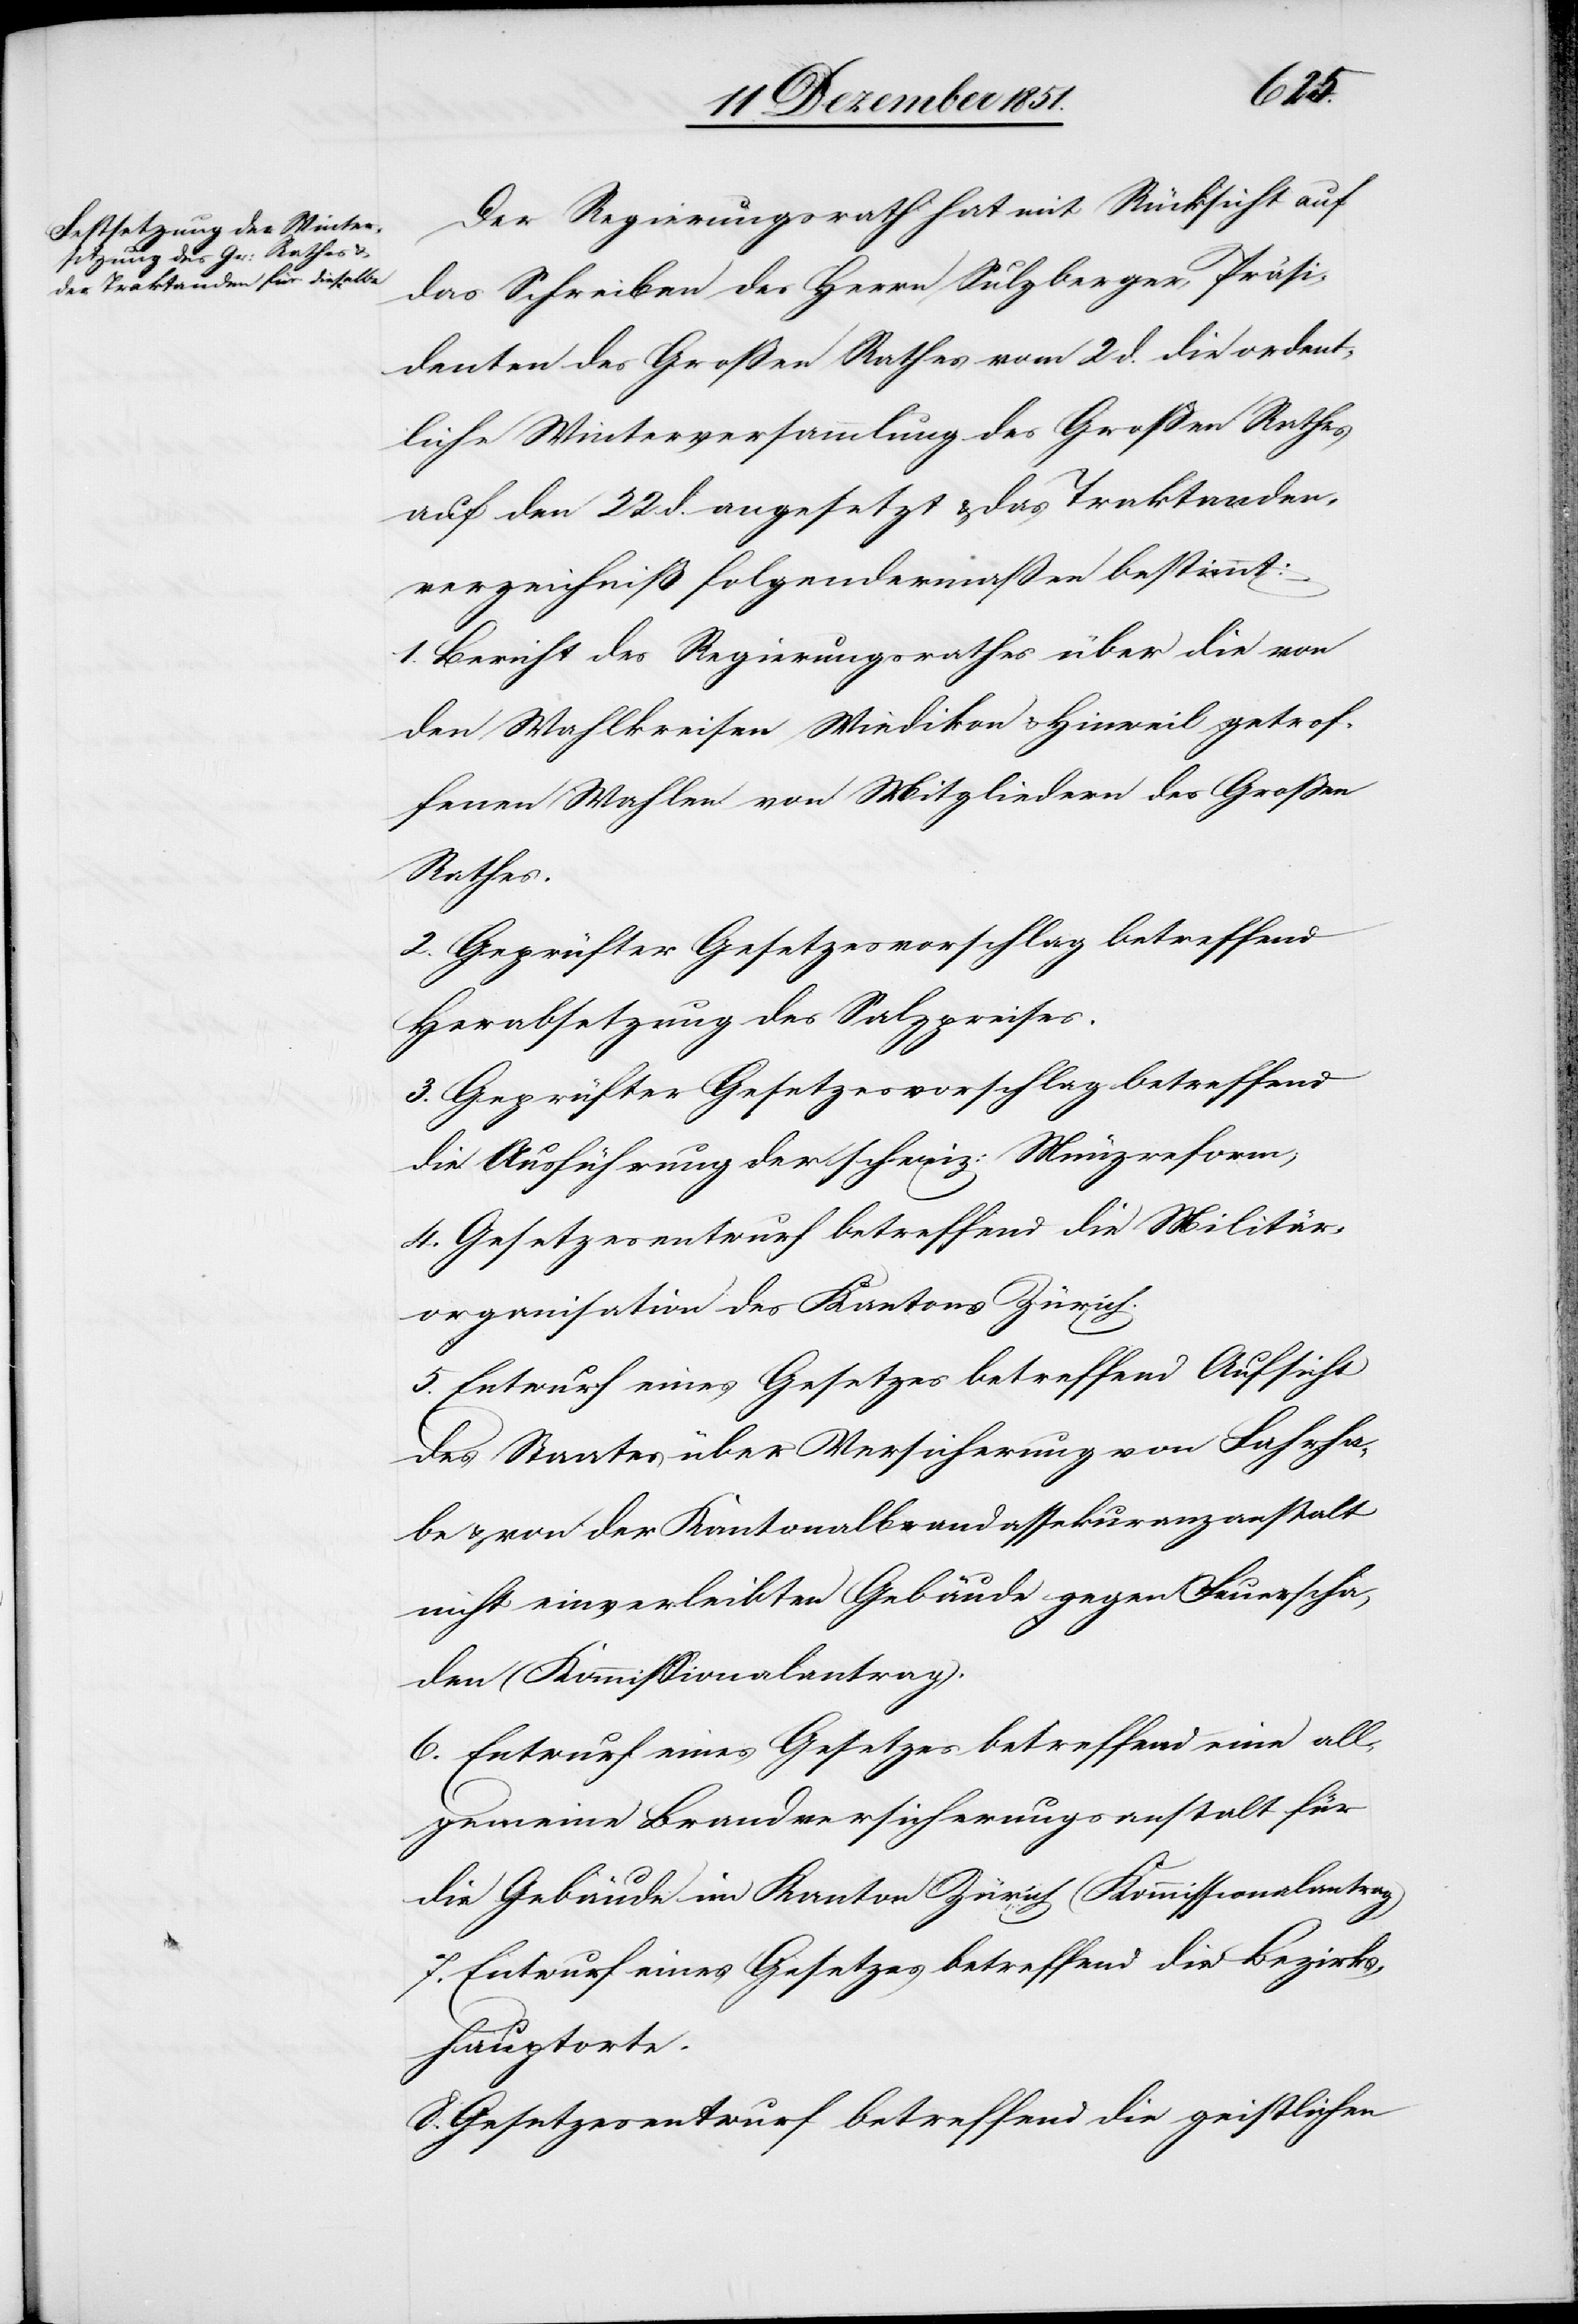
Der Regierungsrath hat mit Rücksicht auf
das Schreiben des Herrn Sulzberger, Präsi¬
denten des Großen Rathes vom 2 d. die ordent¬
liche Winterversammlung des Großen Rathes
auf den 22 d. angesetzt & das Traktanden¬
verzeichniß folgendermaßen bestimmt:
1. Bericht des Regierungsrathes über die von
den Wahlkreisen Wiedikon & Hinweil getrof¬
fenen Wahlen von Mitgliedern des Großen
Rathes.
3. Geprüfter Gesetzesvorschlag betreffend
Herabsetzung des Salzpreises.
die Ausführung der schweiz: Münzreform;
4. Gesetzesentwurf betreffend die Militär¬
organisation des Kantons Zürich.
5. Entwurf eines Gesetzes betreffend Aufsicht
des Staates über Versicherung von Fahrha¬
be & von der Kantonalbrandassekuranzanstalt
nicht einverleibten Gebäude gegen Feuerscha¬
den (Kommissionalantrag).
6. Entwurf eines Gesetzes betreffend eine all¬
gemeine Brandversicherungsanstalt für
die Gebäude im Kanton Zürich (Kommissionalantrag)
7. Entwurf eines Gesetzes betreffend die Bezirks¬
hauptorte.
8. Gesetzesentwurf betreffend die geistlichen